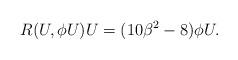
LaTeX: \begin{align*}R(U,\phi U)U=(10\beta^2-8)\phi U.\end{align*}